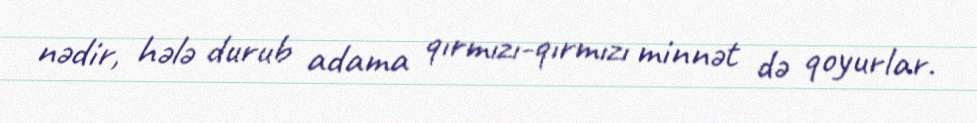
nədir, hələ durub adama qırmızı-qırmızı minnət də qoyurlar.